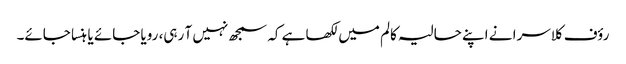
رؤف کلاسرا نے اپنے حالیہ کالم میں لکھا ہے کہ سمجھ نہیں آ رہی، رویا جائے یا ہنسا جائے۔